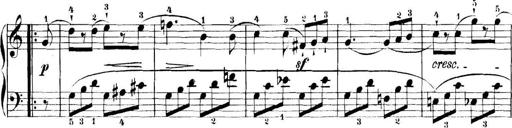
Title: 11 Sonatinas
Composer: Anton Diabelli